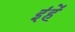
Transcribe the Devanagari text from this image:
इंहें